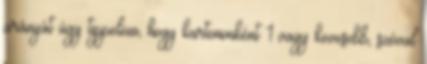
arányát úgy tippelem, hogy kartononként 1 vagy kevesebb, szóval